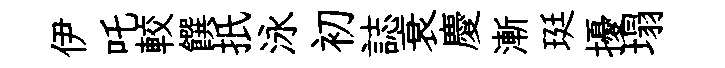
伊吒較饌扺泳初誌衰慶漸珽擾塌